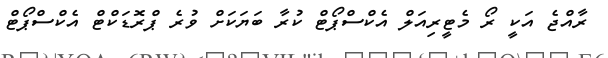
ރާއްޖެ އަކީ ރޯ މެޓީރިއަލް އެކްސްޕޯޓް ކުރާ ބަޔަކަށް ވުރެ ޕްރޮޑަކްޓް އެކްސްޕޯޓް